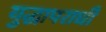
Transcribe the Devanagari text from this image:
युद्धापराधी